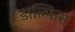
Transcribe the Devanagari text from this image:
डाल्फिंस